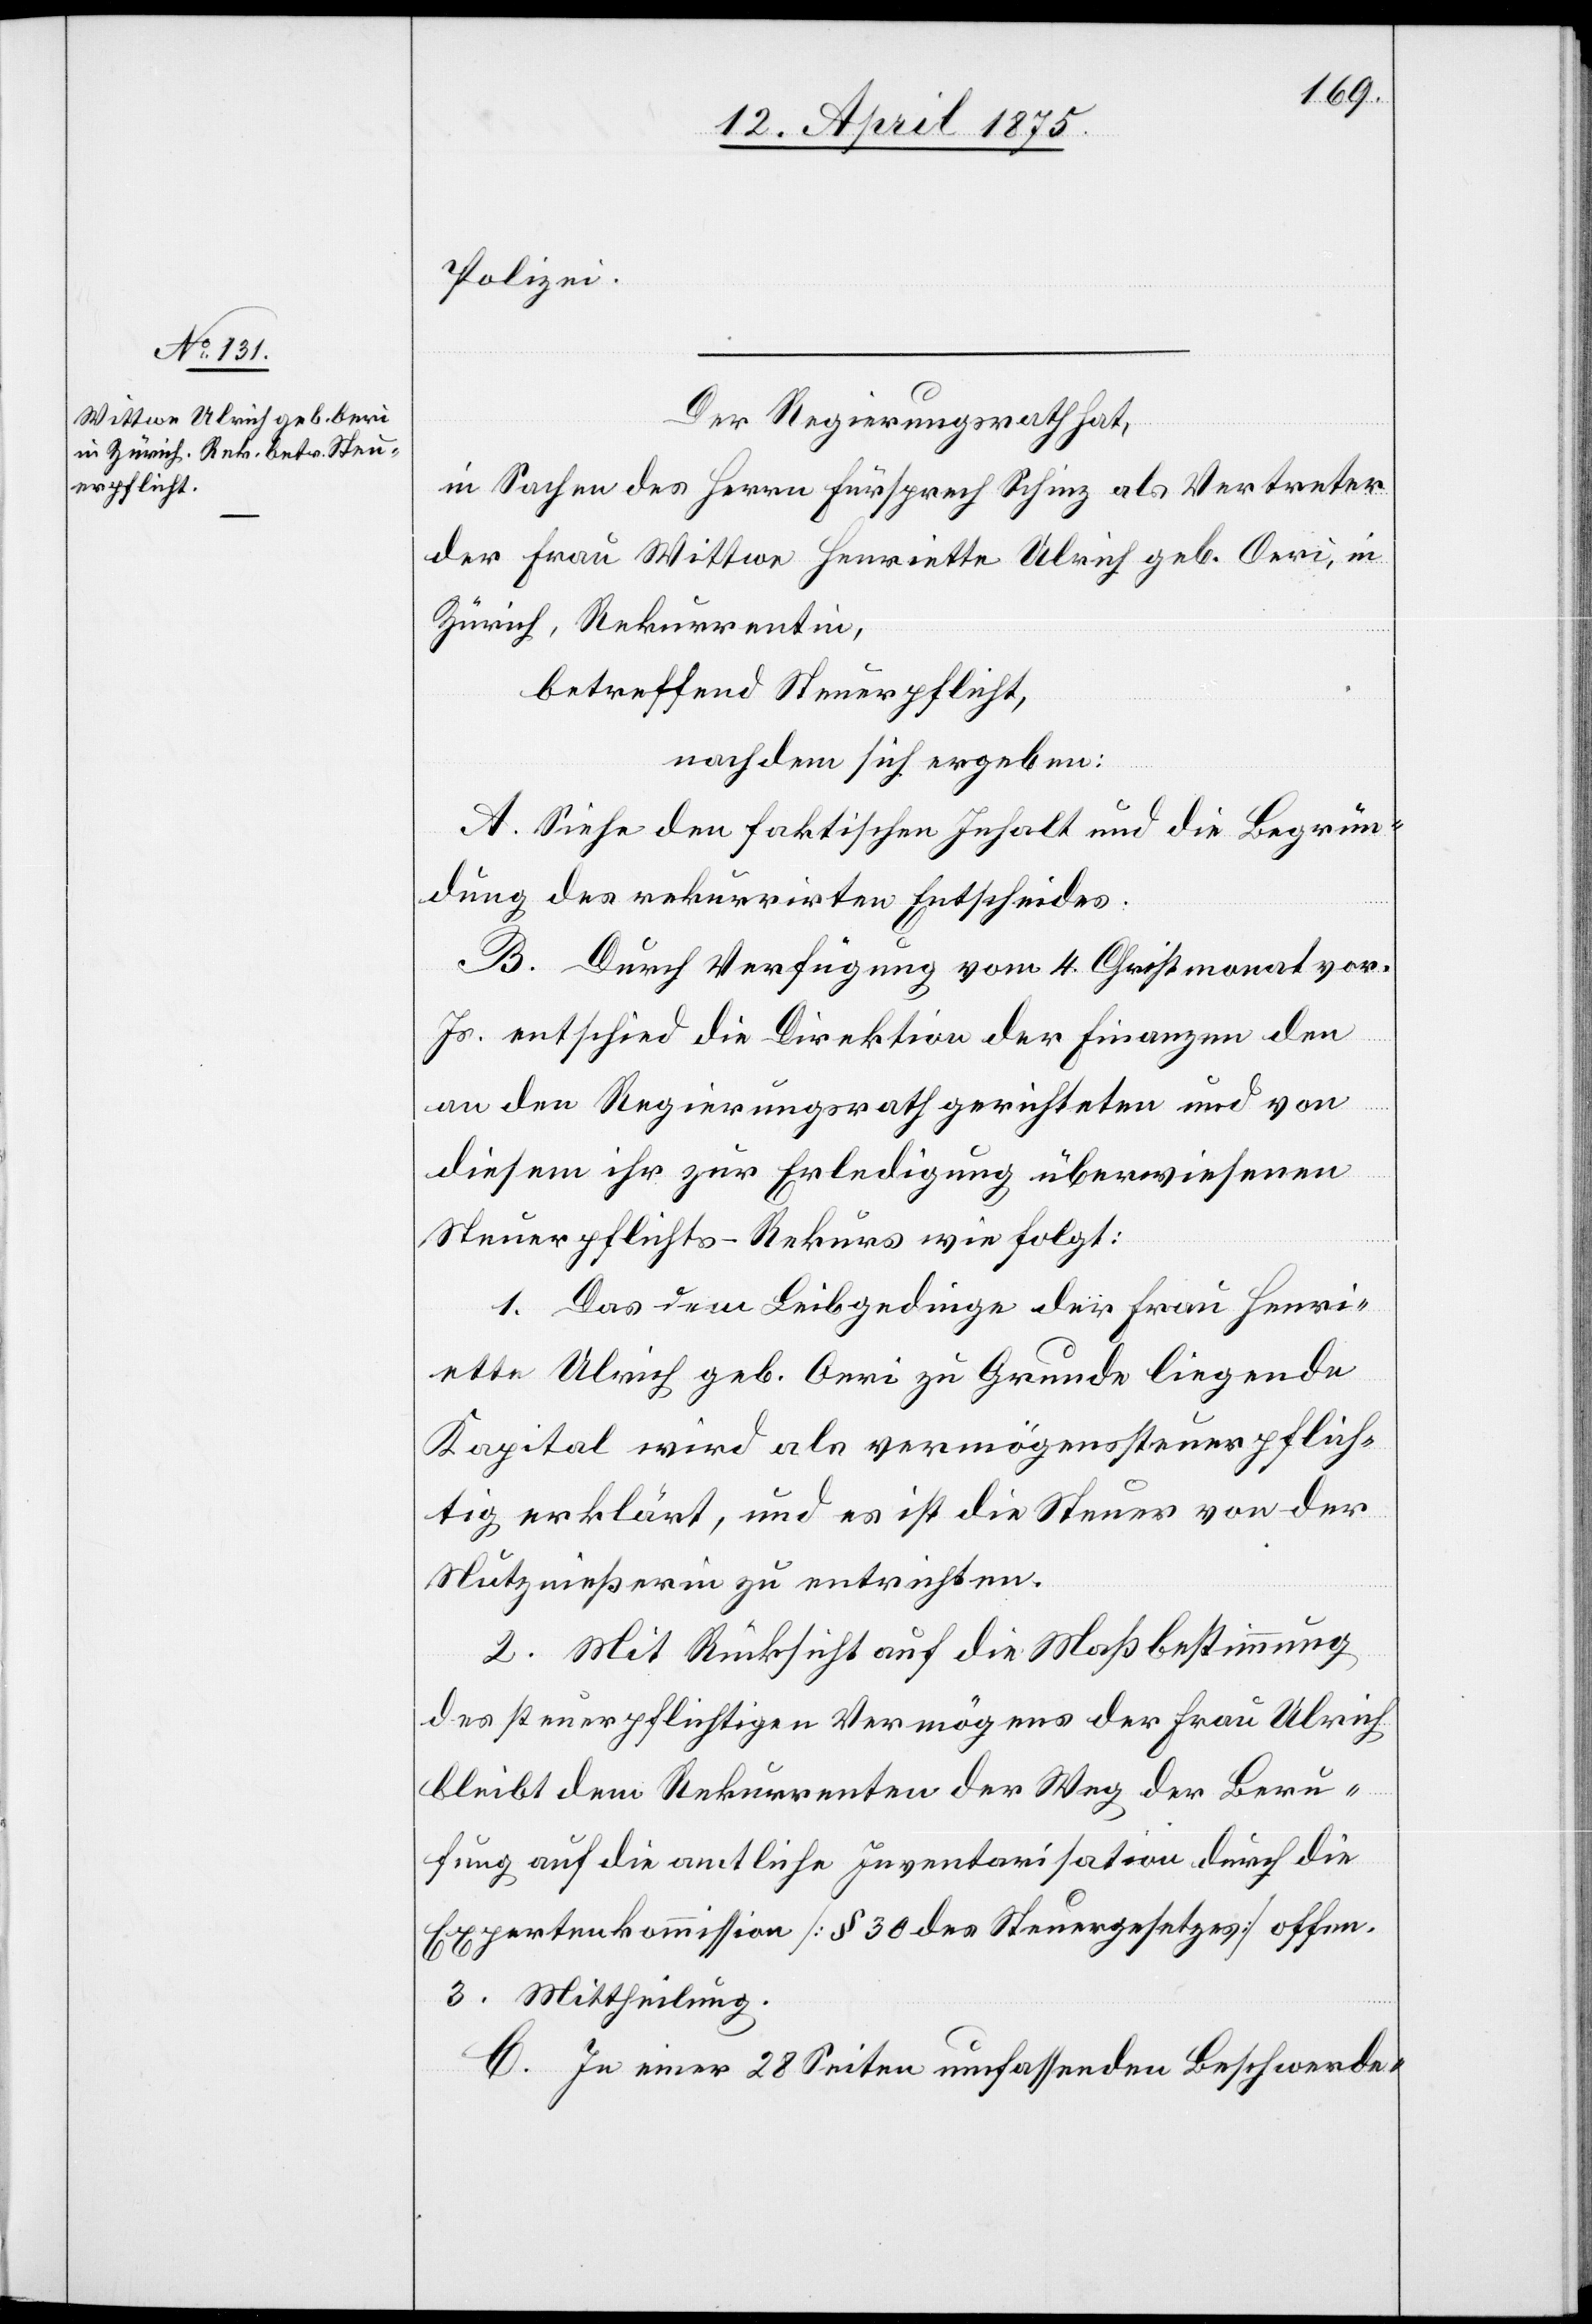
Der Regierungsrath hat,
in Sachen des Herrn Fürsprech Schinz als Vertreter
der Frau Wittwe Henriette Ulrich geb. Aeri, in
Zürich, Rekurrentin,
nachdem sich ergeben:
A. Siehe den faktischen Inhalt und die Begrün¬
dung des rekurrirten Entscheides.
B. Durch Verfügung vom 4. Christmonat vor.
Js. entschied die Direktion der Finanzen den
an den Regierungsrath gerichteten und von
diesem ihr zur Erledigung überwiesenen
Steuerpflichts-Rekurs wie folgt:
1. Das dem Leibgedinge der Frau Henri¬
ette Ulrich geb. Aeri zu Grunde liegende
Kapital wird als vermögensteuerpflich¬
tig erklärt, und ist die Steuer von der
Nutznießerin zu unterrichten.
2. Mit Rücksicht auf die Maßbestimmung
des steuerpflichtigen Vermögens der Frau Ulrich
bleibt dem Rekurrenten der Weg der Beru¬
fung auf die amtliche Inventarisation durch die
Expertenkommission [§ 30 des Steuergesetzes] offen.
3. Mittheilung.
C. In einer 28 Seiten umfassenden Beschwerde-